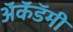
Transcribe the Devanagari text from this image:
अॅकॅडॅमी